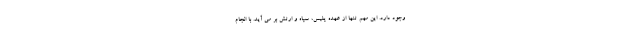
وجود دارد. این مهم تنها از عهده پلیس، سپاه و ارتش بر می آید. با انجام